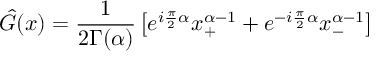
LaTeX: \hat { G } ( x ) = \frac { 1 } { 2 \Gamma ( \alpha ) } \left[ e ^ { i \frac { \pi } { 2 } \alpha } x _ { + } ^ { \alpha - 1 } + e ^ { - i \frac { \pi } { 2 } \alpha } x _ { - } ^ { \alpha - 1 } \right]